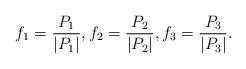
LaTeX: \begin{align*}f_1 = \frac{P_1}{|P_1|},f_2 = \frac{P_2}{|P_2|},f_3 = \frac{P_3}{|P_3|}.\end{align*}